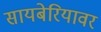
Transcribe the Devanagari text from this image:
सायबेरियावर